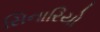
સિનારિયો